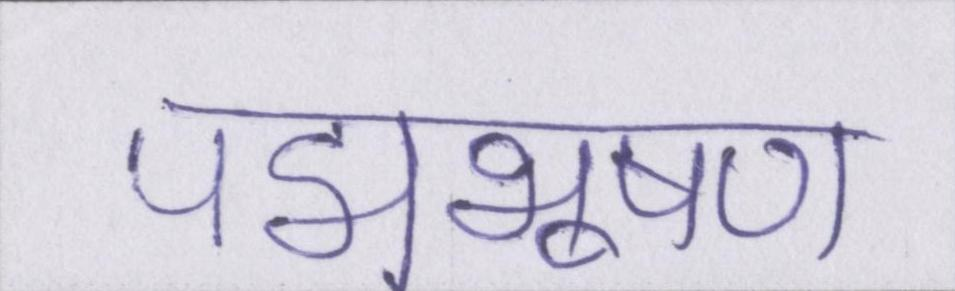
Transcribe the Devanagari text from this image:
पद्मभूषण